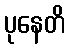
ပုနေတိ